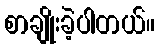
စာချိုးခဲ့ပါတယ်။